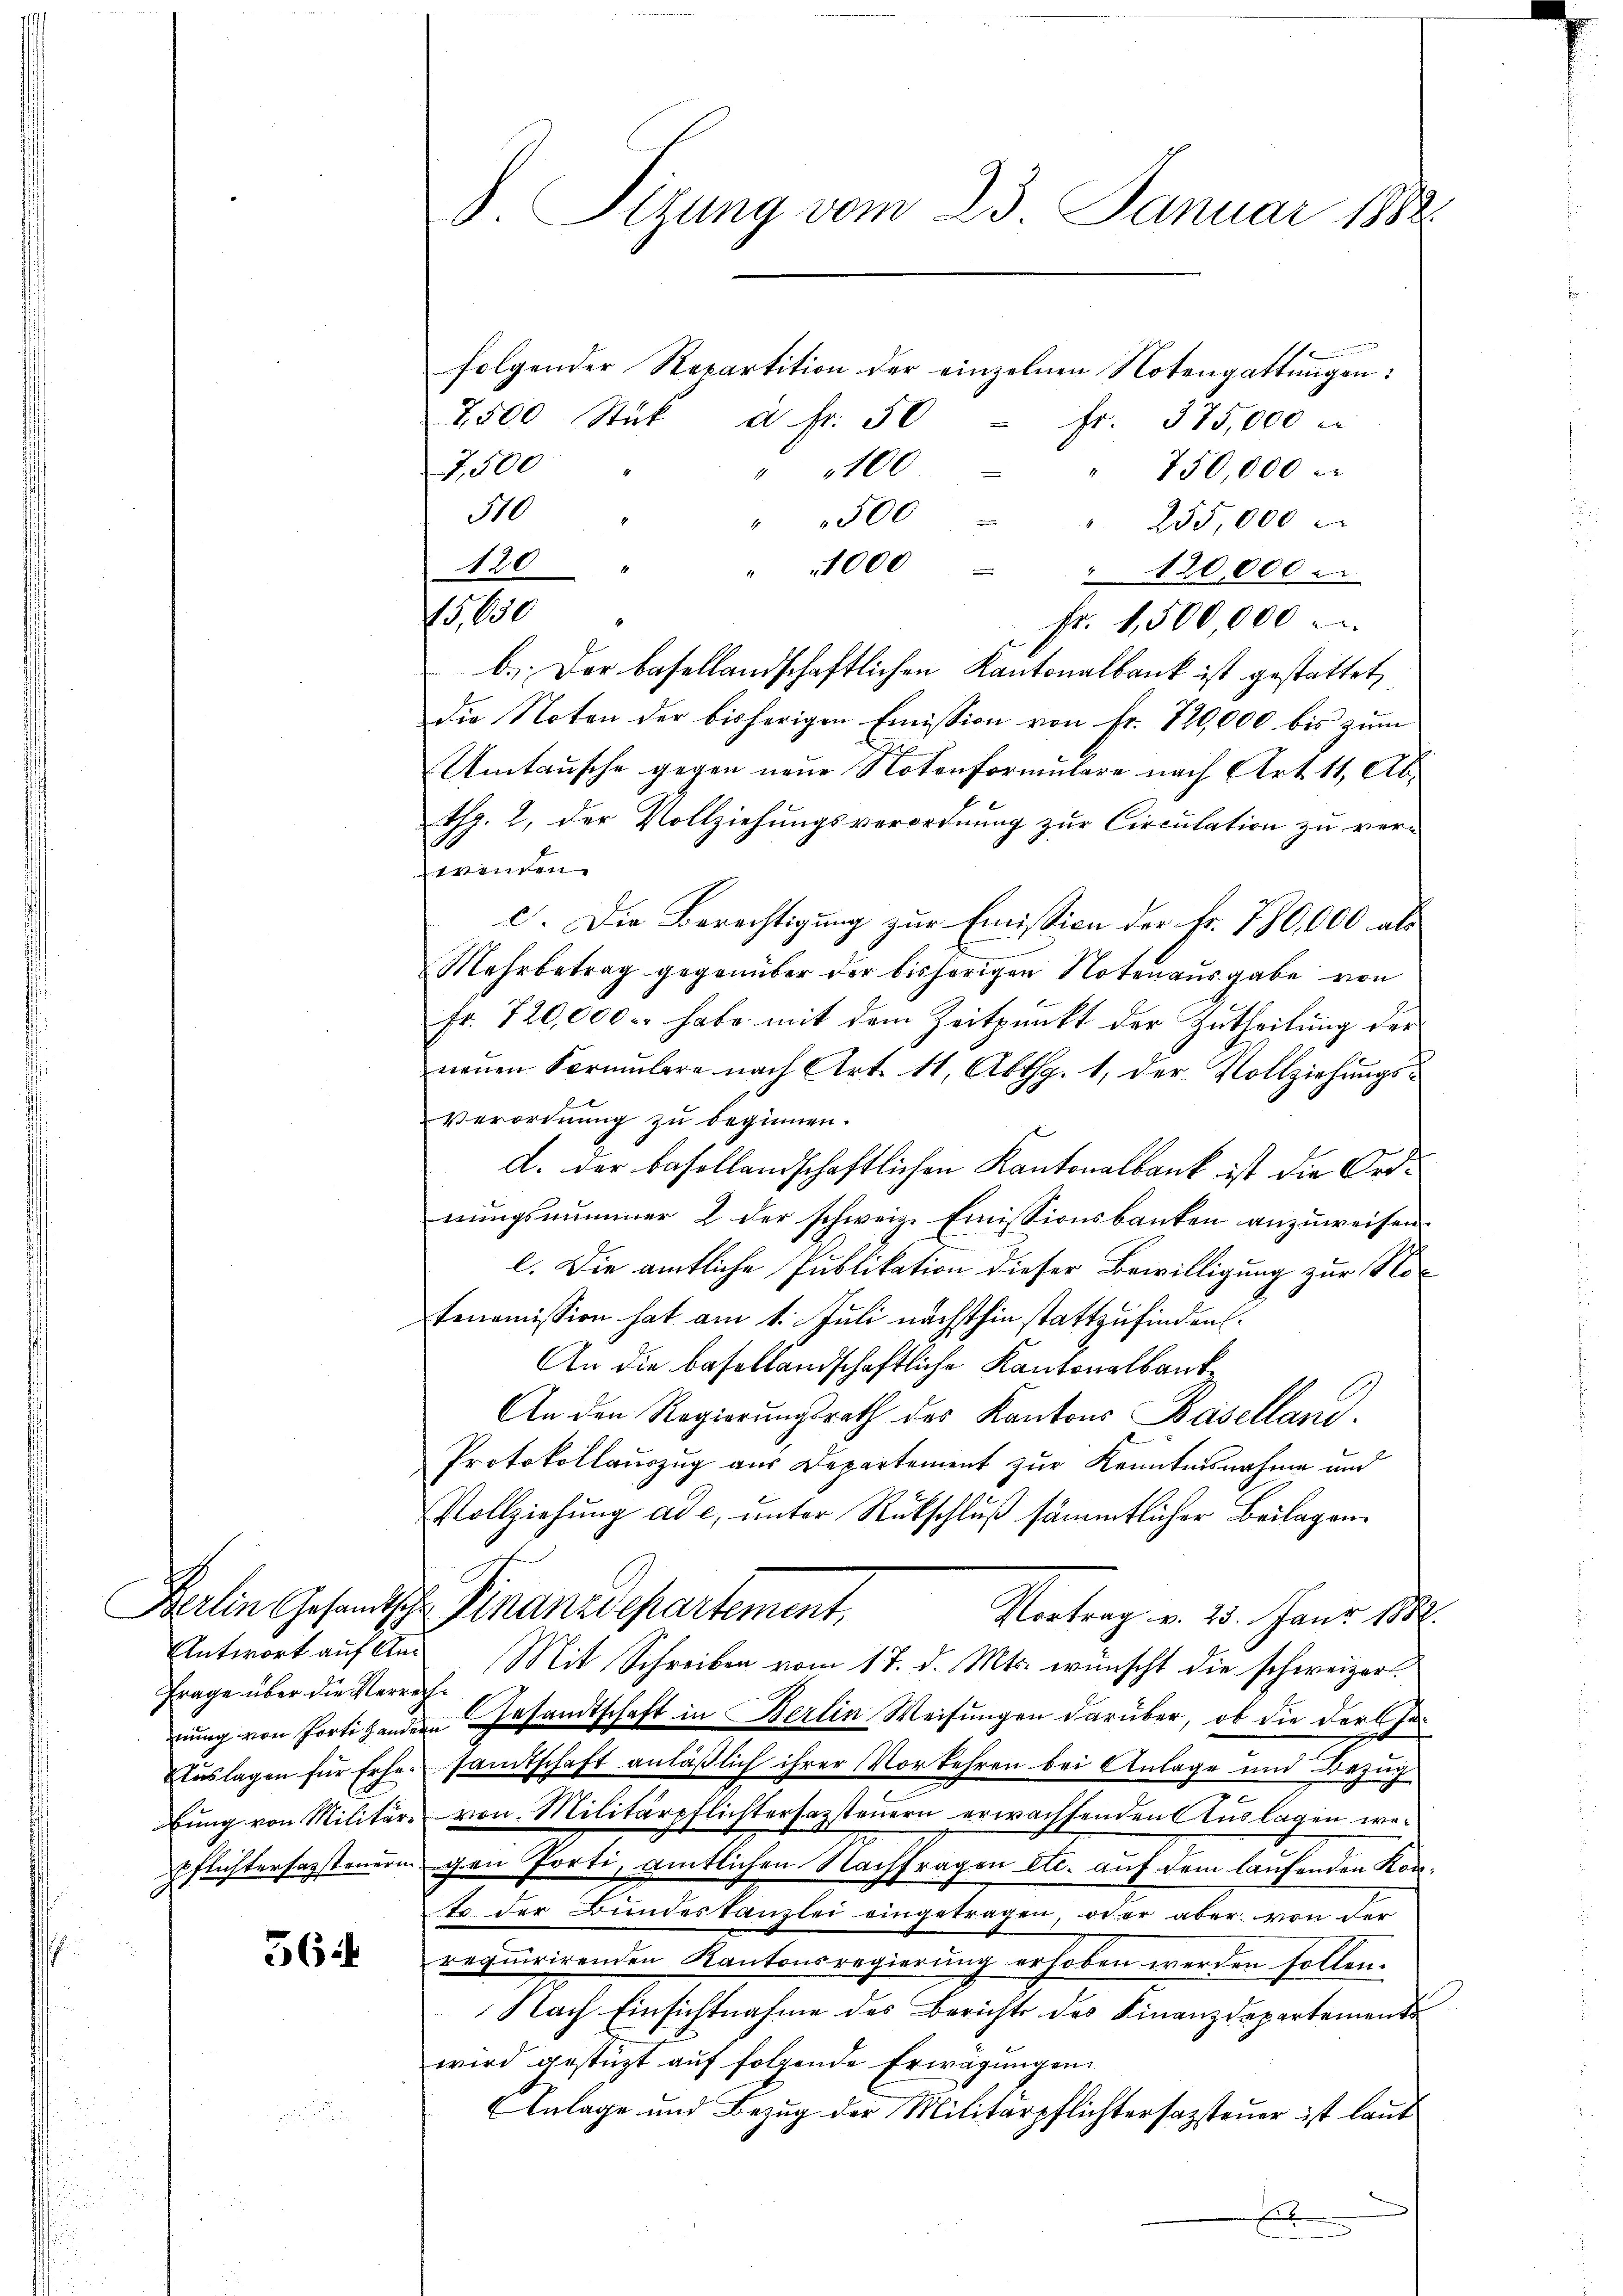
Frage über die Verrech¬

56

S. Sizung vom 23. Januar 1888.

folgender Repartition der einzelnen Notengattungen:
2500 Stük u. fr. 50 fr. 375,000 e
7,500
" 750,000
100
510
" 500 " " 235,000
" 1000 " 120,000
fr. 1,500,000
b.) Der basellandschaftlichen Kantonalbank ist gestattet,
die Noten der bisherigen Emission von Fr. 120,000 bis zum
Umtausche gegen neue Notenformulare nach Art. 11, Abtsp. 2, der Vollziehungsverordnung zur Circulation zu verwenden.
c. Die Berechtigung zur Emission der Fr. 780,000 als
Mehrbetrag gegenüber der bisherigen Notenausgabe von
Fr. 720,000 habe mit dem Zeitpunkt der Zutheilung der
neŭen Formŭlare nach Art. 11, Abth. 1, der Vollziehŭngs-
Verordnung zu beginnen.
d. der basellandschaftlichen Kantonalbank ist die Ordnungsnummer 2 der schweiz. Emissionsbauten anzuweisen.
l. Die amtliche Publikation dieser Bewilligung zur Notenomission hat am 1. Juli nächsthin stattzufinden.
An die basellandschaftliche Kantonalbank
An den Regierungsrath des Kantons Baselland.
Protokollauszug aus Departement zur Kenntnisnahme und
Vollziehung ad c, unter Rückschluß sämmtlicher Beilagen
Berlin Gesandtsch. Finanzdepartement,
Vortrag v. 23. Janr. 188.
Antwort auf Am Mit Schreiben vom 17. d. Mts. wünscht die schweizernung von fortigendern Gesandtschaft in Berlin Weisungen darüber, ob die der Ge¬
Auslagen für Erhersandtschaft anläßlich ihrer Vorkehren bei Anlage und Bezug
bŭng von Militäre von Militärpflichtersazsteuern erwachsenden Auslagen wepflichtersagstenern gen Porti, amtlichen Nachfragen etc. auf dem laufenden Kontr. der Bundestanzlei eingetragen oder aber von der
requirirenden Kantonsregierung erhoben werden sollen.
Nach Einsichtnahme des Berichts des Finanzdepartement
wird gestüzt auf folgende Erwägungen
Anlage und Bezug der Militärpflichtersazsteuer ist laut
.

120
15,650